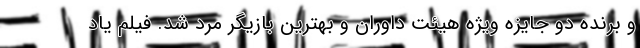
و برنده دو جایزه ویژه هیئت داوران و بهترین بازیگر مرد شد. فیلم یاد